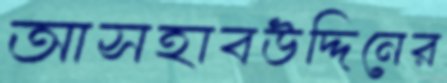
আসহাবউদ্দিনের